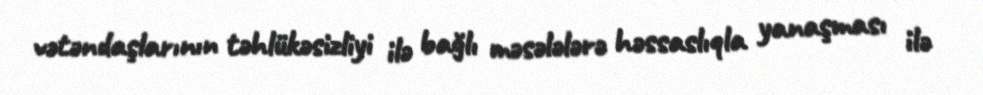
vətəndaşlarının təhlükəsizliyi ilə bağlı məsələlərə həssaslıqla yanaşması ilə